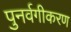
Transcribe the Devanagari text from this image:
पुनर्वगीकरण